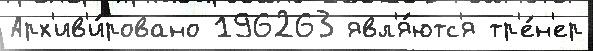
Арх'ив'и́ровано 196263 явл'я́ютс'я тр'е́н'ер